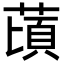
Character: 䔛